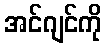
အင်ဂျင်ကို